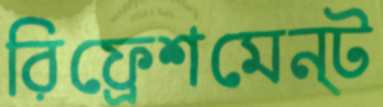
রিফ্রেশমেন্ট